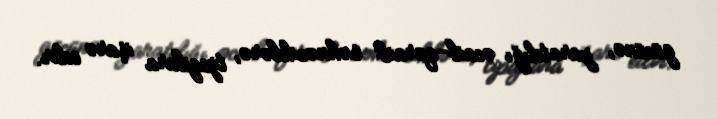
gücünə, yaratdığı əcaib-qəraib səhnəciklərə, tipajlara işarə edir.